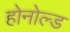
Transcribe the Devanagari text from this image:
होनोल्ड